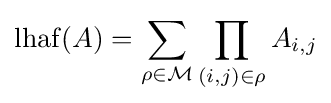
\operatorname {lhaf} (A)=\sum _{\rho \in {\mathcal {M}}}\prod _{(i,j)\in \rho }A_{i,j}